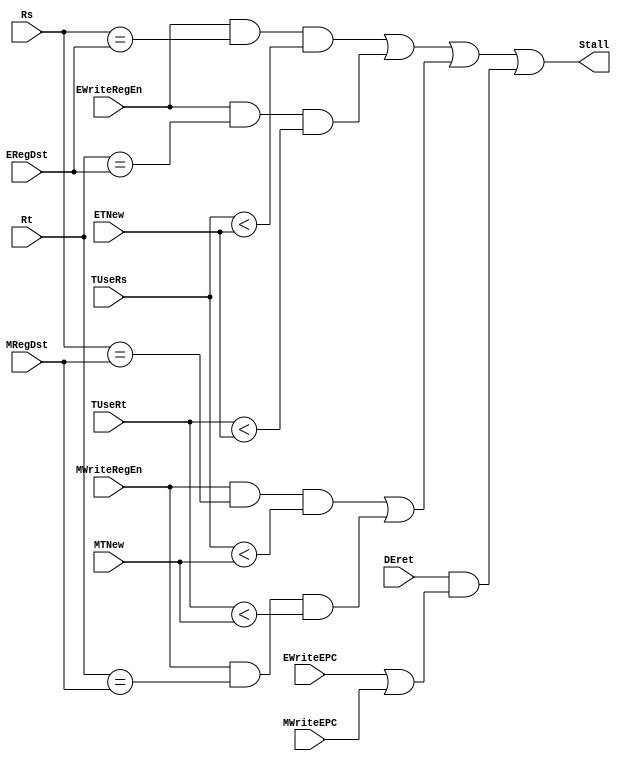
module D_STALL(
    input  [ 2:0 ]  TUseRs,
    input  [ 4:0 ]  Rs,

    input  [ 2:0 ]  TUseRt,
    input  [ 4:0 ]  Rt,
    
    input  [ 2:0 ]  ETNew,
    input  [ 4:0 ]  ERegDst,
    input           EWriteRegEn,

    input  [ 2:0 ]  MTNew,
    input  [ 4:0 ]  MRegDst,
    input           MWriteRegEn,

    input           DEret,
    input           EWriteEPC,
    input           MWriteEPC,

    output          Stall
);
    wire stall_from_E = (EWriteRegEn && (Rs == ERegDst) && (TUseRs < ETNew))
                     || (EWriteRegEn && (Rt == ERegDst) && (TUseRt < ETNew));
    wire stall_from_M = (MWriteRegEn && (Rs == MRegDst) && (TUseRs < MTNew))
                     || (MWriteRegEn && (Rt == MRegDst) && (TUseRt < MTNew));
    wire stall_by_eret = (DEret && (EWriteEPC || MWriteEPC));

    assign Stall = (stall_from_E || stall_from_M || stall_by_eret);



endmodule